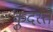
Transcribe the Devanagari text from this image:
कु़दरते